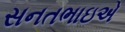
સનતભાઇએ